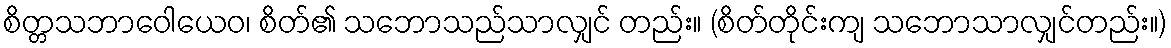
စိတ္တသဘာဝေါယေဝ၊ စိတ်၏ သဘောသည်သာလျှင် တည်း။ (စိတ်တိုင်းကျ သဘောသာလျှင်တည်း။)